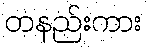
တနည်းကား